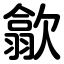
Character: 歙